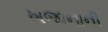
ખજાનાની